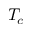
T _ { c }